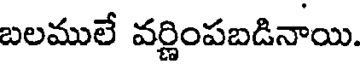
బలములే వర్ణింపబడినాయి.